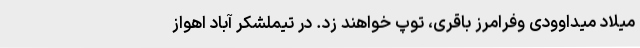
میلاد میداوودی وفرامرز باقری، توپ خواهند زد. در تیملشکر آباد اهواز